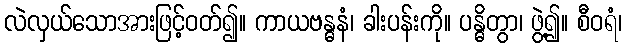
လဲလှယ်သောအားဖြင့်ဝတ်၍။ ကာယဗန္ဓနံ၊ ခါးပန်းကို။ ပန္ဓိတွာ၊ ဖွဲ့၍။ စီဝရံ၊